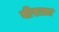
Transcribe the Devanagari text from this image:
वीरात्रा